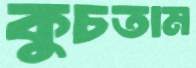
কুচতাম